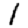
Digit: 1